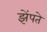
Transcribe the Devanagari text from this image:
झेंपते